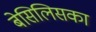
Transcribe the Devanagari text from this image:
बेसिलिसका